Report on malaria in the Punjab during the year ...  together with an account of the work of the Punjab Malaria Bureau - Volume 4
Disease focus: Malaria
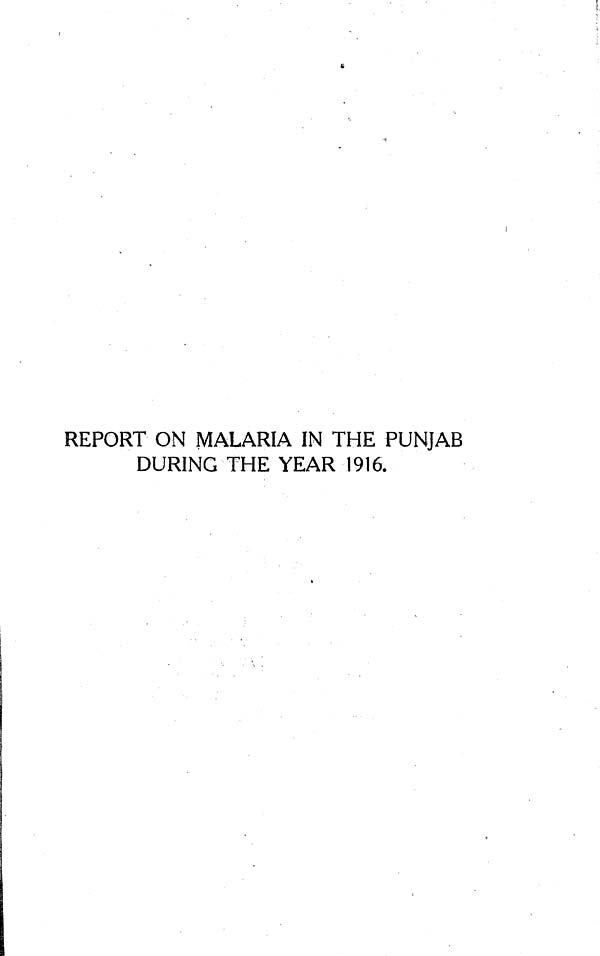
REPORT ON MALARIA IN THE PUNJAB
DURING THE YEAR 1916.